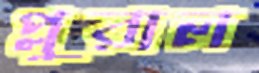
প্লুরাল